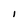
Character: I